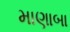
માણાબા